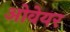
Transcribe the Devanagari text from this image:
ओवेयर